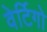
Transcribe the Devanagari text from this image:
वेर्टिगो